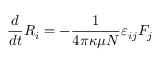
{ \frac { d } { d t } } R _ { i } = - { \frac { 1 } { 4 \pi \kappa \mu N } } \varepsilon _ { i j } F _ { j }